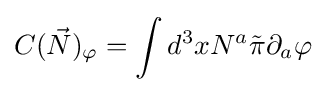
C({\vec {N}})_{\varphi }=\int d^{3}xN^{a}{\tilde {\pi }}\partial _{a}\varphi